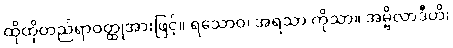
ထိုထိုတည်ရာဝတ္ထုအားဖြင့်။ ရသောဝ၊ အရသာ ကိုသာ။ အမ္ဗိလာဒီဟိ၊